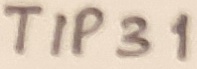
Text: TIP31